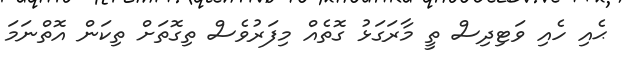
ޙެއި ހެއި ވަޓިދިސް ތީ މާރަގަޅު ގޮތެއް މިފަަރުވެސް ތިގޮތަށް ތިކަން އޮތްނަމަ